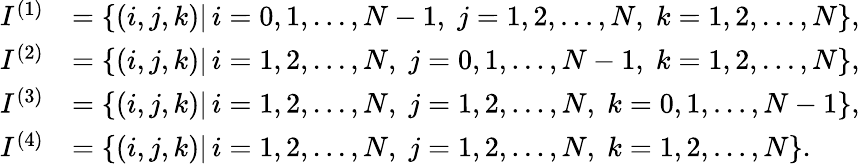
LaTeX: \begin{array}{rl}{I^{(1)}}&{=\{ (i,j,k)|\, i=0,1,...,N-1,\; j=1,2,...,N,\; k=1,2,...,N\} ,}\\ {I^{(2)}}&{=\{ (i,j,k)|\, i=1,2,...,N,\; j=0,1,...,N-1,\; k=1,2,...,N\} ,}\\ {I^{(3)}}&{=\{ (i,j,k)|\, i=1,2,...,N,\; j=1,2,...,N,\; k=0,1,...,N-1\} ,}\\ {I^{(4)}}&{=\{ (i,j,k)|\, i=1,2,...,N,\; j=1,2,...,N,\; k=1,2,...,N\} .}\end{array}